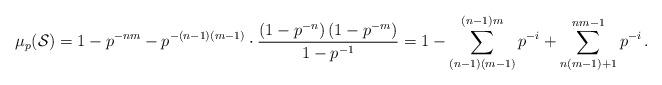
LaTeX: \begin{align*}\mu_{p}(\mathcal{S})=1-p^{-nm} - p^{-(n-1)(m-1)}\cdot \frac {\left( 1-p^{-n}\right) \left( 1-p^{-m}\right)}{1-p^{-1}} =1 -\sum_{(n-1)(m-1)}^{(n-1)m}p^{-i} +\sum_{n(m-1)+1}^{nm-1} p^{-i}\,.\end{align*}